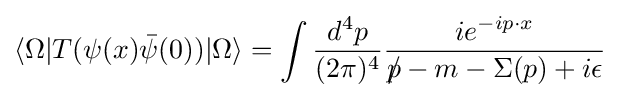
\langle \Omega |T(\psi (x){\bar {\psi }}(0))|\Omega \rangle =\int {\frac {d^{4}p}{(2\pi )^{4}}}{\frac {ie^{-ip\cdot x}}{p\!\!\!/-m-\Sigma (p)+i\epsilon }}